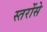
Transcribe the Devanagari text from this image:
स्तरोंसे